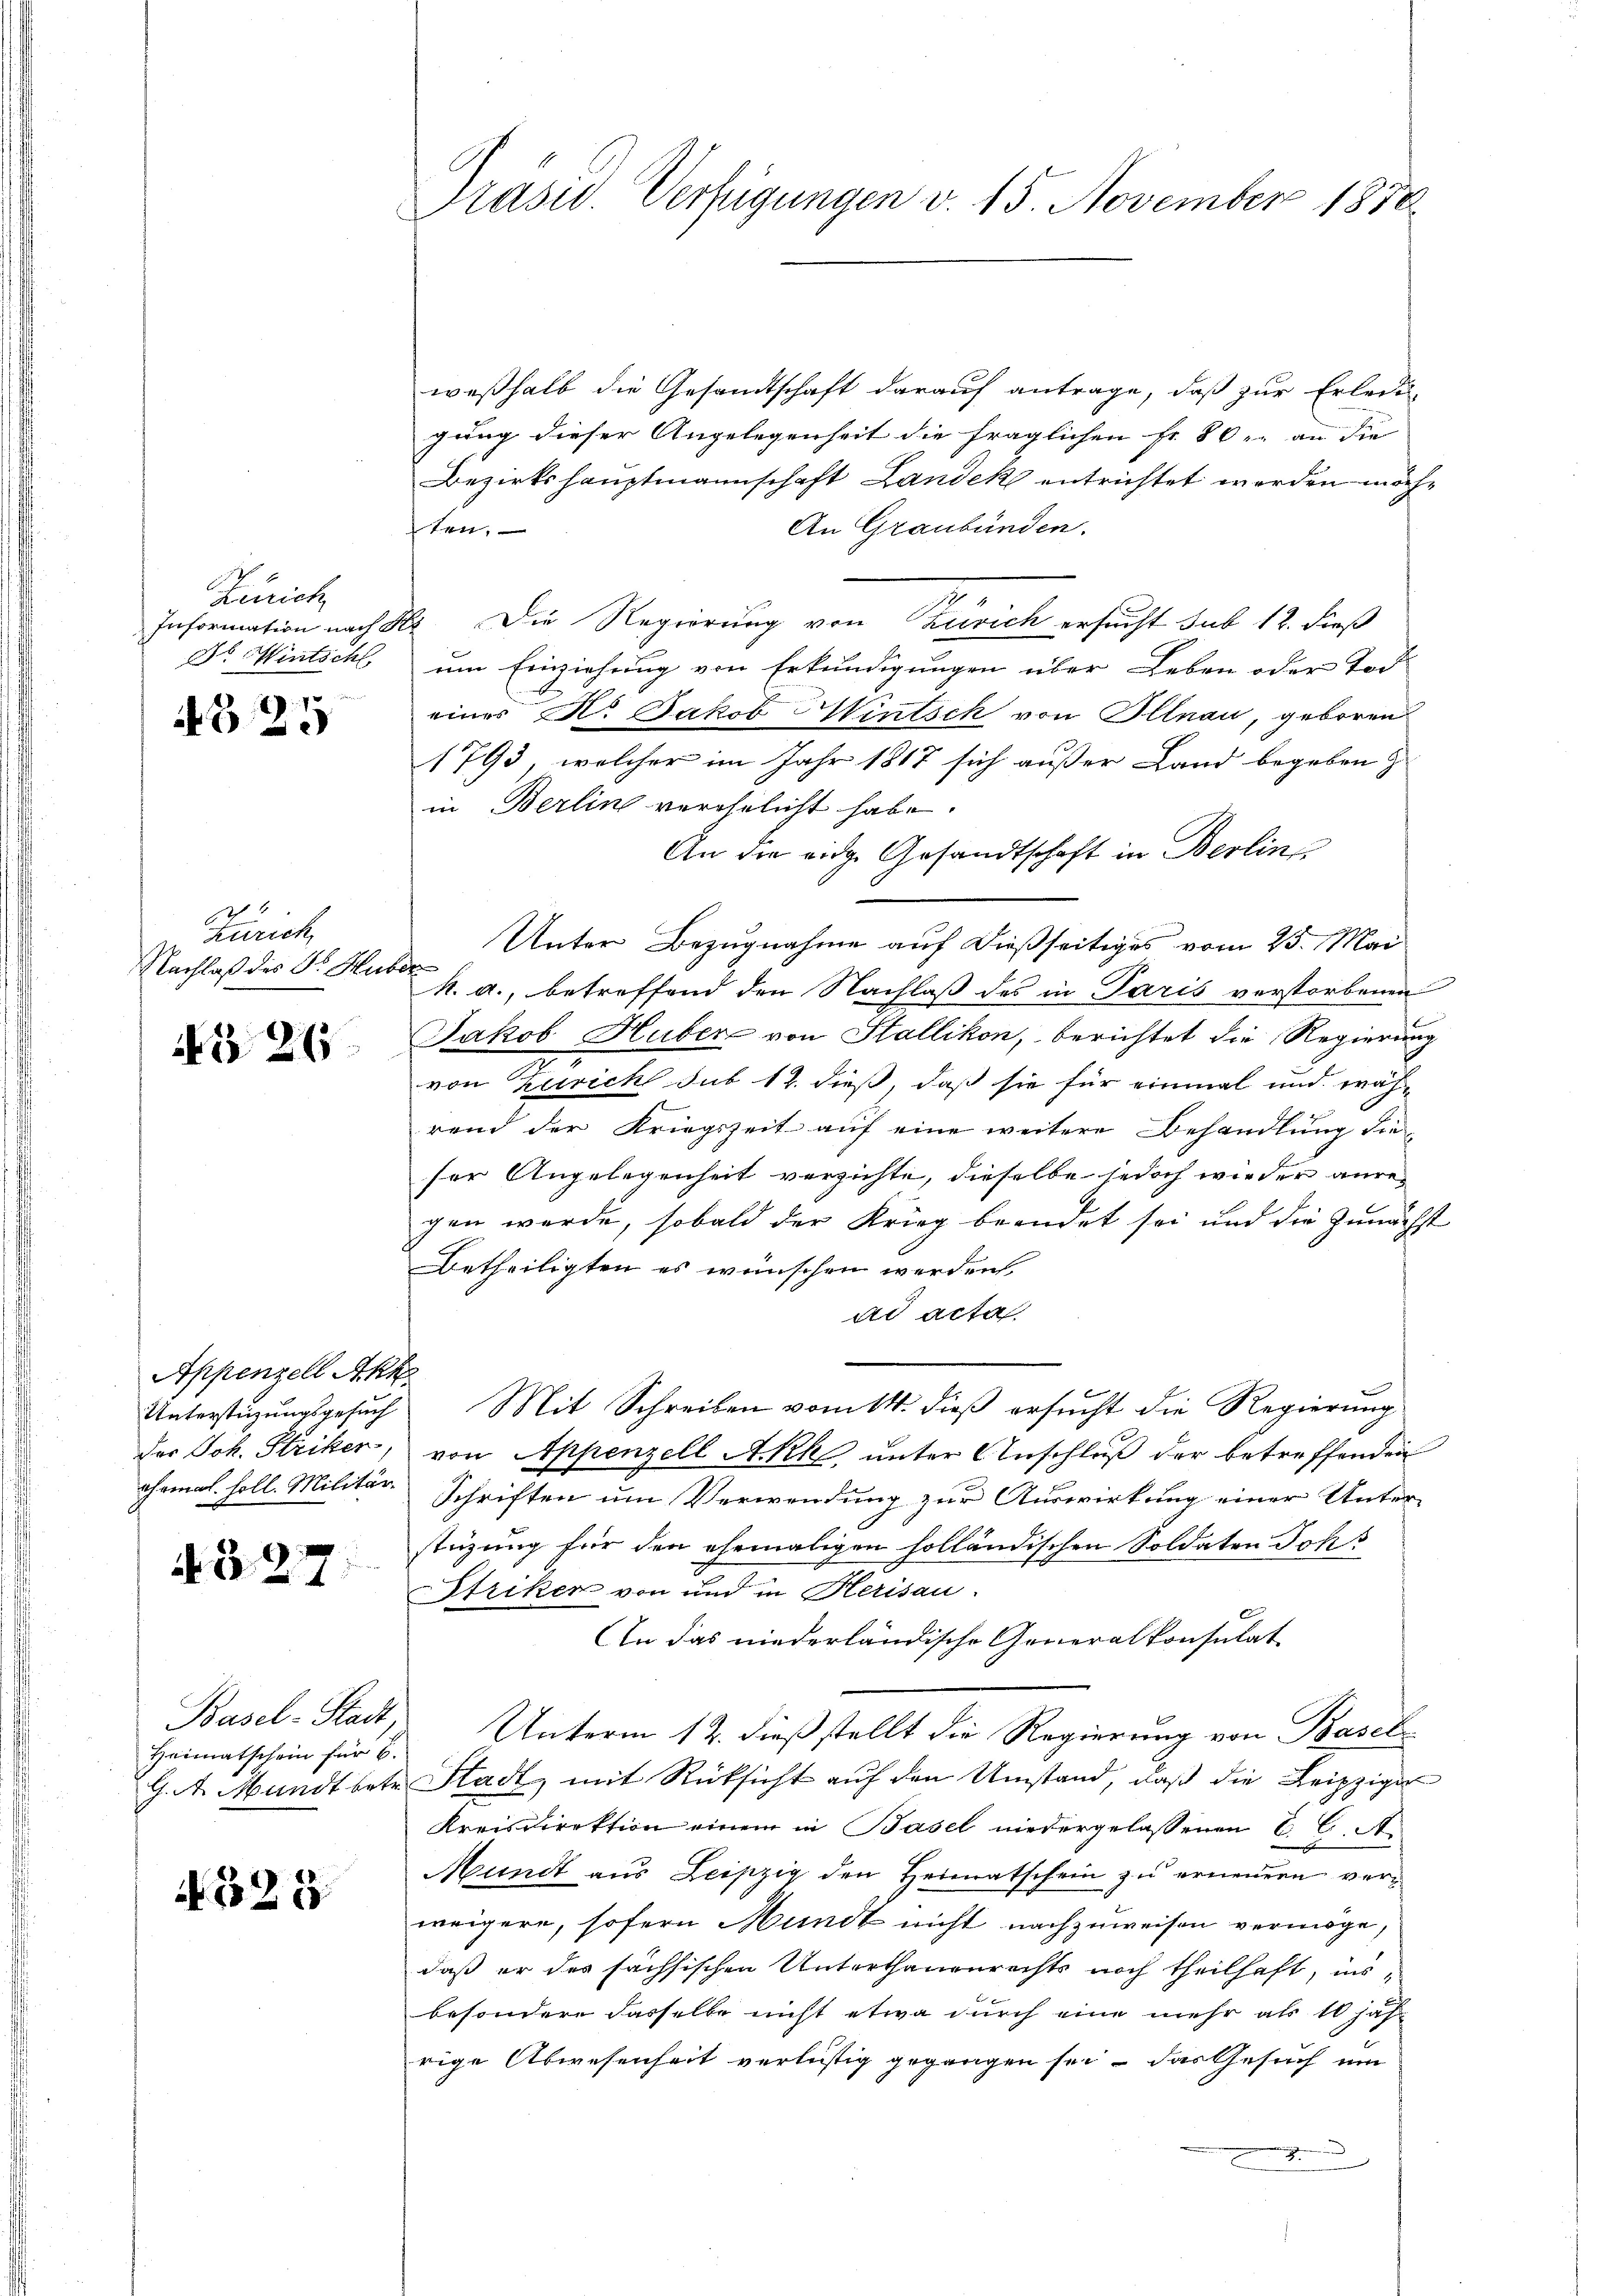
Zürich
Dr. Wintsch,

4824

2
Zürich
Nachlaß des Dr. Hub

No 26

Appenzell Akk
Unterstüzungsgesuch
der Joh. Striker,
ehrmal. holl. Militär

327

Heimatschein für 6.

528

Präsid. Verfügungen v. 15. November 1878.

weßhalb die Gesandtschaft darauf antrage, daß zur Erledi
gung dieser Angelegenheit die fraglichen Fr. 80 u. an die
Bezirkshauptmannschaft Landek entrichtet werden möch¬
An Graubünden.
ten.
Information nach Hr. Die Regierung von Zürich ersucht sub 12. dieß
um Einziehung von Erkundigungen über Leben oder Tod
eines H. Jakob Wintsch von Illnau, geboren
1793, welcher im Jahr 1817 sich außer Land begeben z
in Berlin verehelicht habe.
An die eidge Gesandtschaft in Berlin
Unter Bezugnahme auf dießseitiges vom 25. Mai
a
k. a., betreffend den Nachlaß des in Paris verstorbenen
Jakob Huber von Stallikon, berichtet die Regierung
2
von Zürich sub 12. dieß, daß sie für einmal und wäh-
rend der Kriegszeit auf eine weitere Behandlung die
ser Angelegenheit verzichte, dieselbe jedoch wieder anre
gen werde, sobald der Krieg beendet sei und die Zunächst
Betheiligten es wünschen werden.
ad acta
Mit Schreiben vom 14. dieß ersucht die Regierung
von Appenzell Akke unter Anschluß der betreffenden
Schriften um Verwendung zur Auswirkung einer Unter-
stüzung für den ehemaligen holländischen Soldaten Johs
Striken von und in Herisau.
An das niederländische Generalkonsulat
Basel-Stadt, Unterm 12. dieß stellt die Regierung von Basel
G. A. Mandtbetr. Stadt, mit Rücksicht auf den Umstand, daß die Leipziger
Kreisdirektion einem in Basel niedergelassenen CC. A.
Mundt aus Leipzig den Heimatschein zu ernennen verweigere, sofern Mundt nicht nachzuweisen vermöge,
daß er des sachsischen Unterthanenrechts noch theilhaft, ins
besondere dasselbe nicht etwa durch eine mehr als 10 jäh
rige Abwesenheit verlustig gegangen sei – das Gesuch um
n